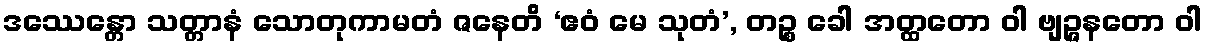
ဒဿေန္တော သတ္တာနံ သောတုကာမတံ ဇနေတိ ‘ဧဝံ မေ သုတံ’, တဉ္စ ခေါ အတ္ထတော ဝါ ဗျဉ္ဇနတော ဝါ